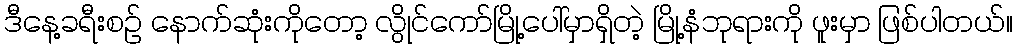
ဒီနေ့ခရီးစဉ် နောက်ဆုံးကိုတော့ လွိုင်ကော်မြို့ပေါ်မှာရှိတဲ့ မြို့နံဘုရားကို ဖူးမှာ ဖြစ်ပါတယ်။